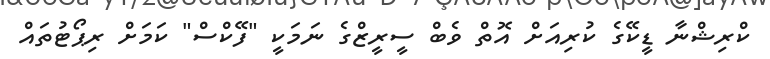
ކްރިޝްނާ ޑީކޭގެ ކުރިއަށް އޮތް ވެބް ސީރީޒްގެ ނަމަކީ "ފޭކްސް" ކަމަށް ރިޕޯޓުތައް